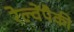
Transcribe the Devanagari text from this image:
रेल्वेंपैकी